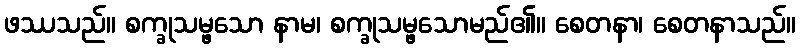
ဖဿသည်။ စက္ခုသမ္ဖသော နာမ၊ စက္ခုသမ္ဖသောမည်၏။ စေတနာ၊ စေတနာသည်။